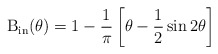
\begin{align*}\textrm{B}_{\rm{in}}(\theta)=1- \frac{1}{\pi}\left[ \theta-\frac{1}{2} \sin 2 \theta\right]\end{align*}